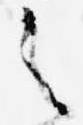
之